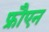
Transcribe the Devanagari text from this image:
फ्रौएन